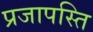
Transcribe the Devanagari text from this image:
प्रजापस्ति